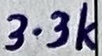
Text: 3.3k